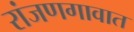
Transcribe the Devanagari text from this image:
रांजणगावात